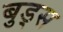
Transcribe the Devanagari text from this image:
बुड्स